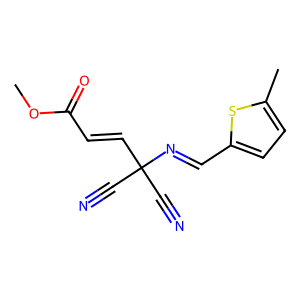
SMILES: COC(=O)C=CC(C#N)(C#N)N=Cc1ccc(C)s1
Inhibits HIV replication: No